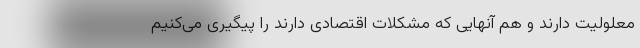
معلولیت دارند و هم آنهایی که مشکلات اقتصادی دارند را پیگیری می‌کنیم